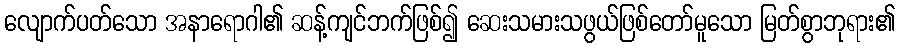
လျောက်ပတ်သော အနာရောဂါ၏ ဆန့်ကျင်ဘက်ဖြစ်၍ ဆေးသမားသဖွယ်ဖြစ်တော်မူသော မြတ်စွာဘုရား၏